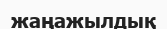
жаңажылдық